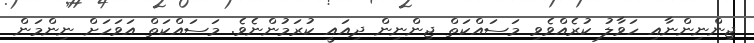
ޖިންނިންނާއި ހަވާލު ކުރެއްވެވި މަސައްކަތް ޖިންނިން ދިއައީ ކުރަމުންނެވެ. މަސައްކަތް އަވަހަށް ނިންމަން